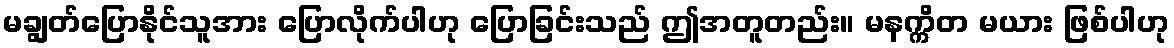
မချွတ်ပြောနိုင်သူအား ပြောလိုက်ပါဟု ပြောခြင်းသည် ဤအတူတည်း။ မနက္ကိတ မယား ဖြစ်ပါဟု